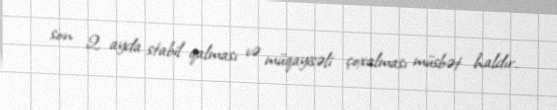
son 2 ayda stabil qalması və müqayisəli çoxalması müsbət haldır.